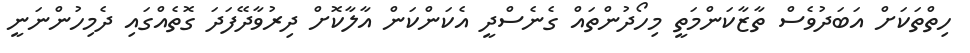
ހިތްތަކަށް އަބަދުވެސް ތާޒާކަންމަތީ މިހޯދުންތައް ގެނެސްދީ އެކަންކަން އާލާކޮށް ދިރުވާދޭފަދަ ގޮތެއްގައި ދެމިހުންނަނީ